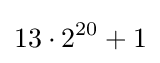
13\cdot 2^{20}+1